Vaccine operations Central Provinces 1900-1911 - 1900-1911
Year: 1900
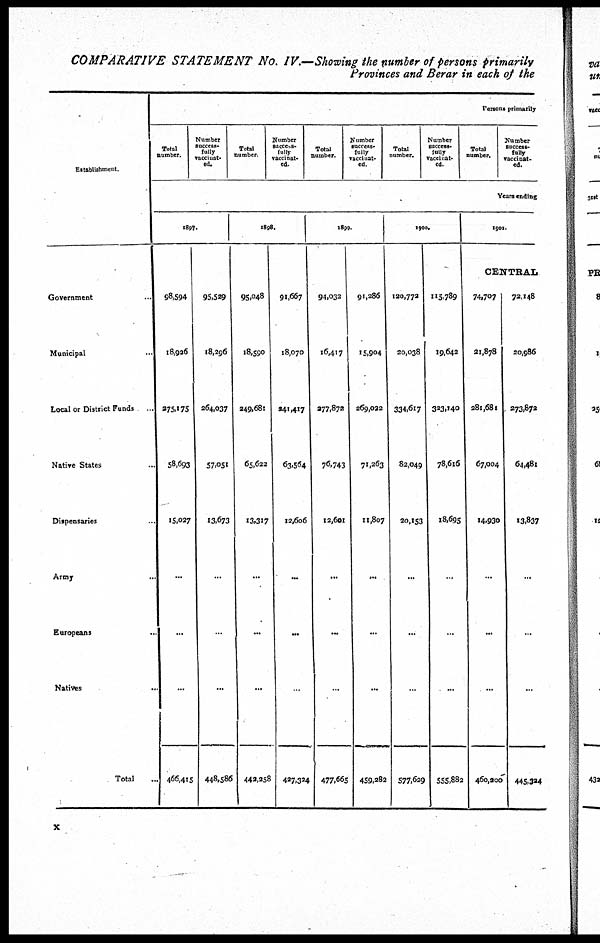
COMPARATIVE STATEMENT No. IV.—Showing the number of persons primarily
Provinces and Berar in each of the
Establishment
Government ...
Municipal
Local or District Funds ...
Native States ...
Dispensaries ...
Army ...
Europeans ...
Natives ...
Total ...
Persons primarily
Total
number.
Number
Success¬
fully
vaccinat¬
ed.
Total
number.
Number
success¬
fully
vaccinat-
ed.
Total
number.
Number
success¬
fully
vaccinat¬
ed.
Total
number.
Number
success¬
fully
vaccinat¬
ed.
Total
number.
Number
success¬
fully
vaccinat¬
ed.
Yean ending
1897.
98,594
18,926
275,175
58,693
15,027
...
...
...
466,415
95,529
18,296
264,037
57,051
13,673
...
...
...
448,586
1898.
95,048
18,590
349,681
65,622
13,317
...
...
...
442,258
91,667
18,070
241,417
63,564
12,606
...
...
...
427,324
1899.
94,032
16,417
277,872
76,743
12,601
...
...
...
477,665
91,286
15,904
269,022
71,263
11,807
...
...
...
459,282
1900.
120,772
20,038
334,617
82,049
20,153
...
...
...
577,629
115,789
19,642
323,140
78,616
18,695
...
...
...
555,882
1901.
CENTRAL
74,707
21,878
281,681
67,004
14,930
...
...
...
460,200
72,148
20,986
273,872
64,481
13,837
...
...
...
445,334
x